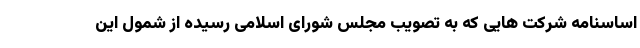
اساسنامه شرکت هایی که به تصویب مجلس شورای اسلامی رسیده از شمول این